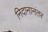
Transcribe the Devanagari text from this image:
निदानानंतर